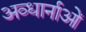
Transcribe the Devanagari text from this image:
अव्धार्नाओं